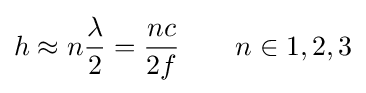
h\approx n{\lambda  \over 2}={nc \over 2f}\qquad n\in 1,2,3